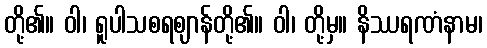
တို့၏။ ဝါ၊ ရူပါသစရဈာန်တို့၏။ ဝါ၊ တို့မှ။ နိဿရဏံနာမ၊